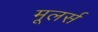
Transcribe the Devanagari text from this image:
मूलर्स